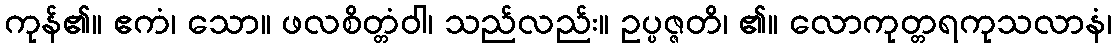
ကုန်၏။ ဧကံ၊ သော။ ဖလစိတ္တံဝါ၊ သည်လည်း။ ဥပ္ပဇ္ဇတိ၊ ၏။ လောကုတ္တရကုသလာနံ၊